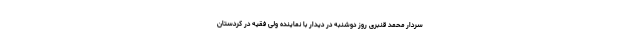
سردار محمد قنبری روز دوشنبه در دیدار با نماینده ولی فقیه در کردستان